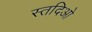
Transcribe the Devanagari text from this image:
स्तदिओ